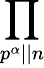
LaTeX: \prod_{p^{\alpha}||n}